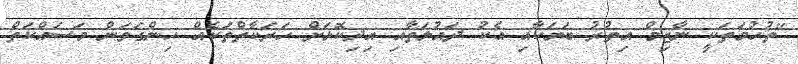
"ތުހުމަތަކީ ނާޒިމް އިތުރު ބަޔަކާއި އެކު ދައުލަތާއި އިދިކޮޅަށް ހަރަކާތްތަކެއް ހިންގަވަން މަސައްކަތް